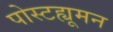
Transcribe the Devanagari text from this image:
पोस्टह्यूमन